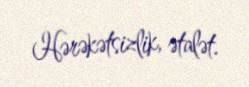
Hərəkətsizlik, ətalət.